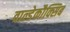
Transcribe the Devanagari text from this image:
वाल्डेकौक्सिब